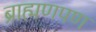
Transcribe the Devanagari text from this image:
ब्राह्मणपण